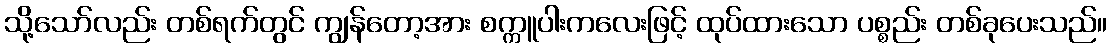
သို့သော်လည်း တစ်ရက်တွင် ကျွန်တော့အား စက္ကူပါးကလေးဖြင့် ထုပ်ထားသော ပစ္စည်း တစ်ခုပေးသည်။